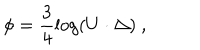
\phi = \frac { 3 } { 4 } \log \left( U \cdot \Delta \right) ~ ,